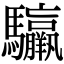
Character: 䯁